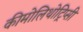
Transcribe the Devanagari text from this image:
कीमोलिथोट्रिप्सी